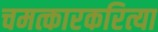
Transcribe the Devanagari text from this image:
चमत्कारकरित्या